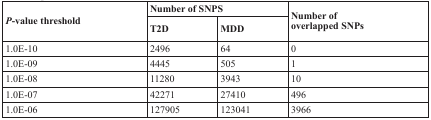
<table><thead><tr><td rowspan="2"><b><i>P</i>-value threshold</b></td><td colspan="2"><b>Number of SNPS</b></td><td rowspan="2"><b>Number of overlapped SNPs</b></td></tr><tr><td><b>T2D</b></td><td><b>MDD</b></td></tr></thead><tbody><tr><td>1.0E-10</td><td>2496</td><td>64</td><td>0</td></tr><tr><td>1.0E-09</td><td>4445</td><td>505</td><td>1</td></tr><tr><td>1.0E-08</td><td>11280</td><td>3943</td><td>10</td></tr><tr><td>1.0E-07</td><td>42271</td><td>27410</td><td>496</td></tr><tr><td>1.0E-06</td><td>127905</td><td>123041</td><td>3966</td></tr></tbody></table>